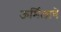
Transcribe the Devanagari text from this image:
ऊर्मिलाचे